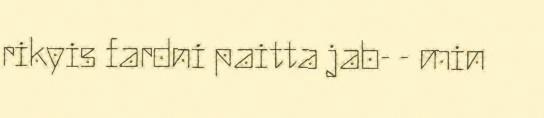
rikyis fardni paitta jab- - min